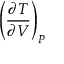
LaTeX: \left( { \frac { \partial T } { \partial V } } \right) _ { P }